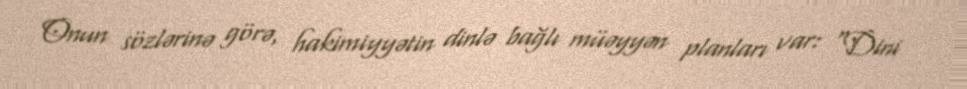
Onun sözlərinə görə, hakimiyyətin dinlə bağlı müəyyən planları var: “Dini